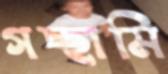
গচ্ছামি